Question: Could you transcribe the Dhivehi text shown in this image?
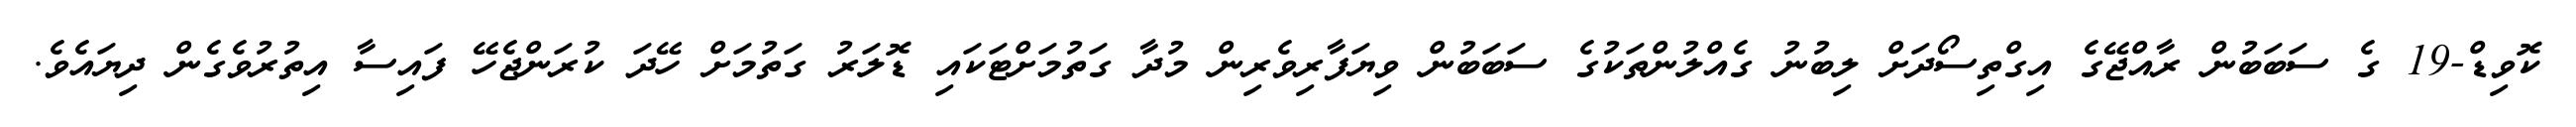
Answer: ކޮވިޑް-19 ގެ ސަބަބުން ރާއްޖޭގެ އިގްތިސޯދަށް ލިބުނު ގެއްލުންތަކުގެ ސަބަބުން ވިޔަފާރިވެރިން މުދާ ގަތުމަށްޓަކައި ޑޮލަރު ގަތުމަށް ހޭދަ ކުރަންޖެހޭ ފައިސާ އިތުރުވެގެން ދިޔައެވެ.